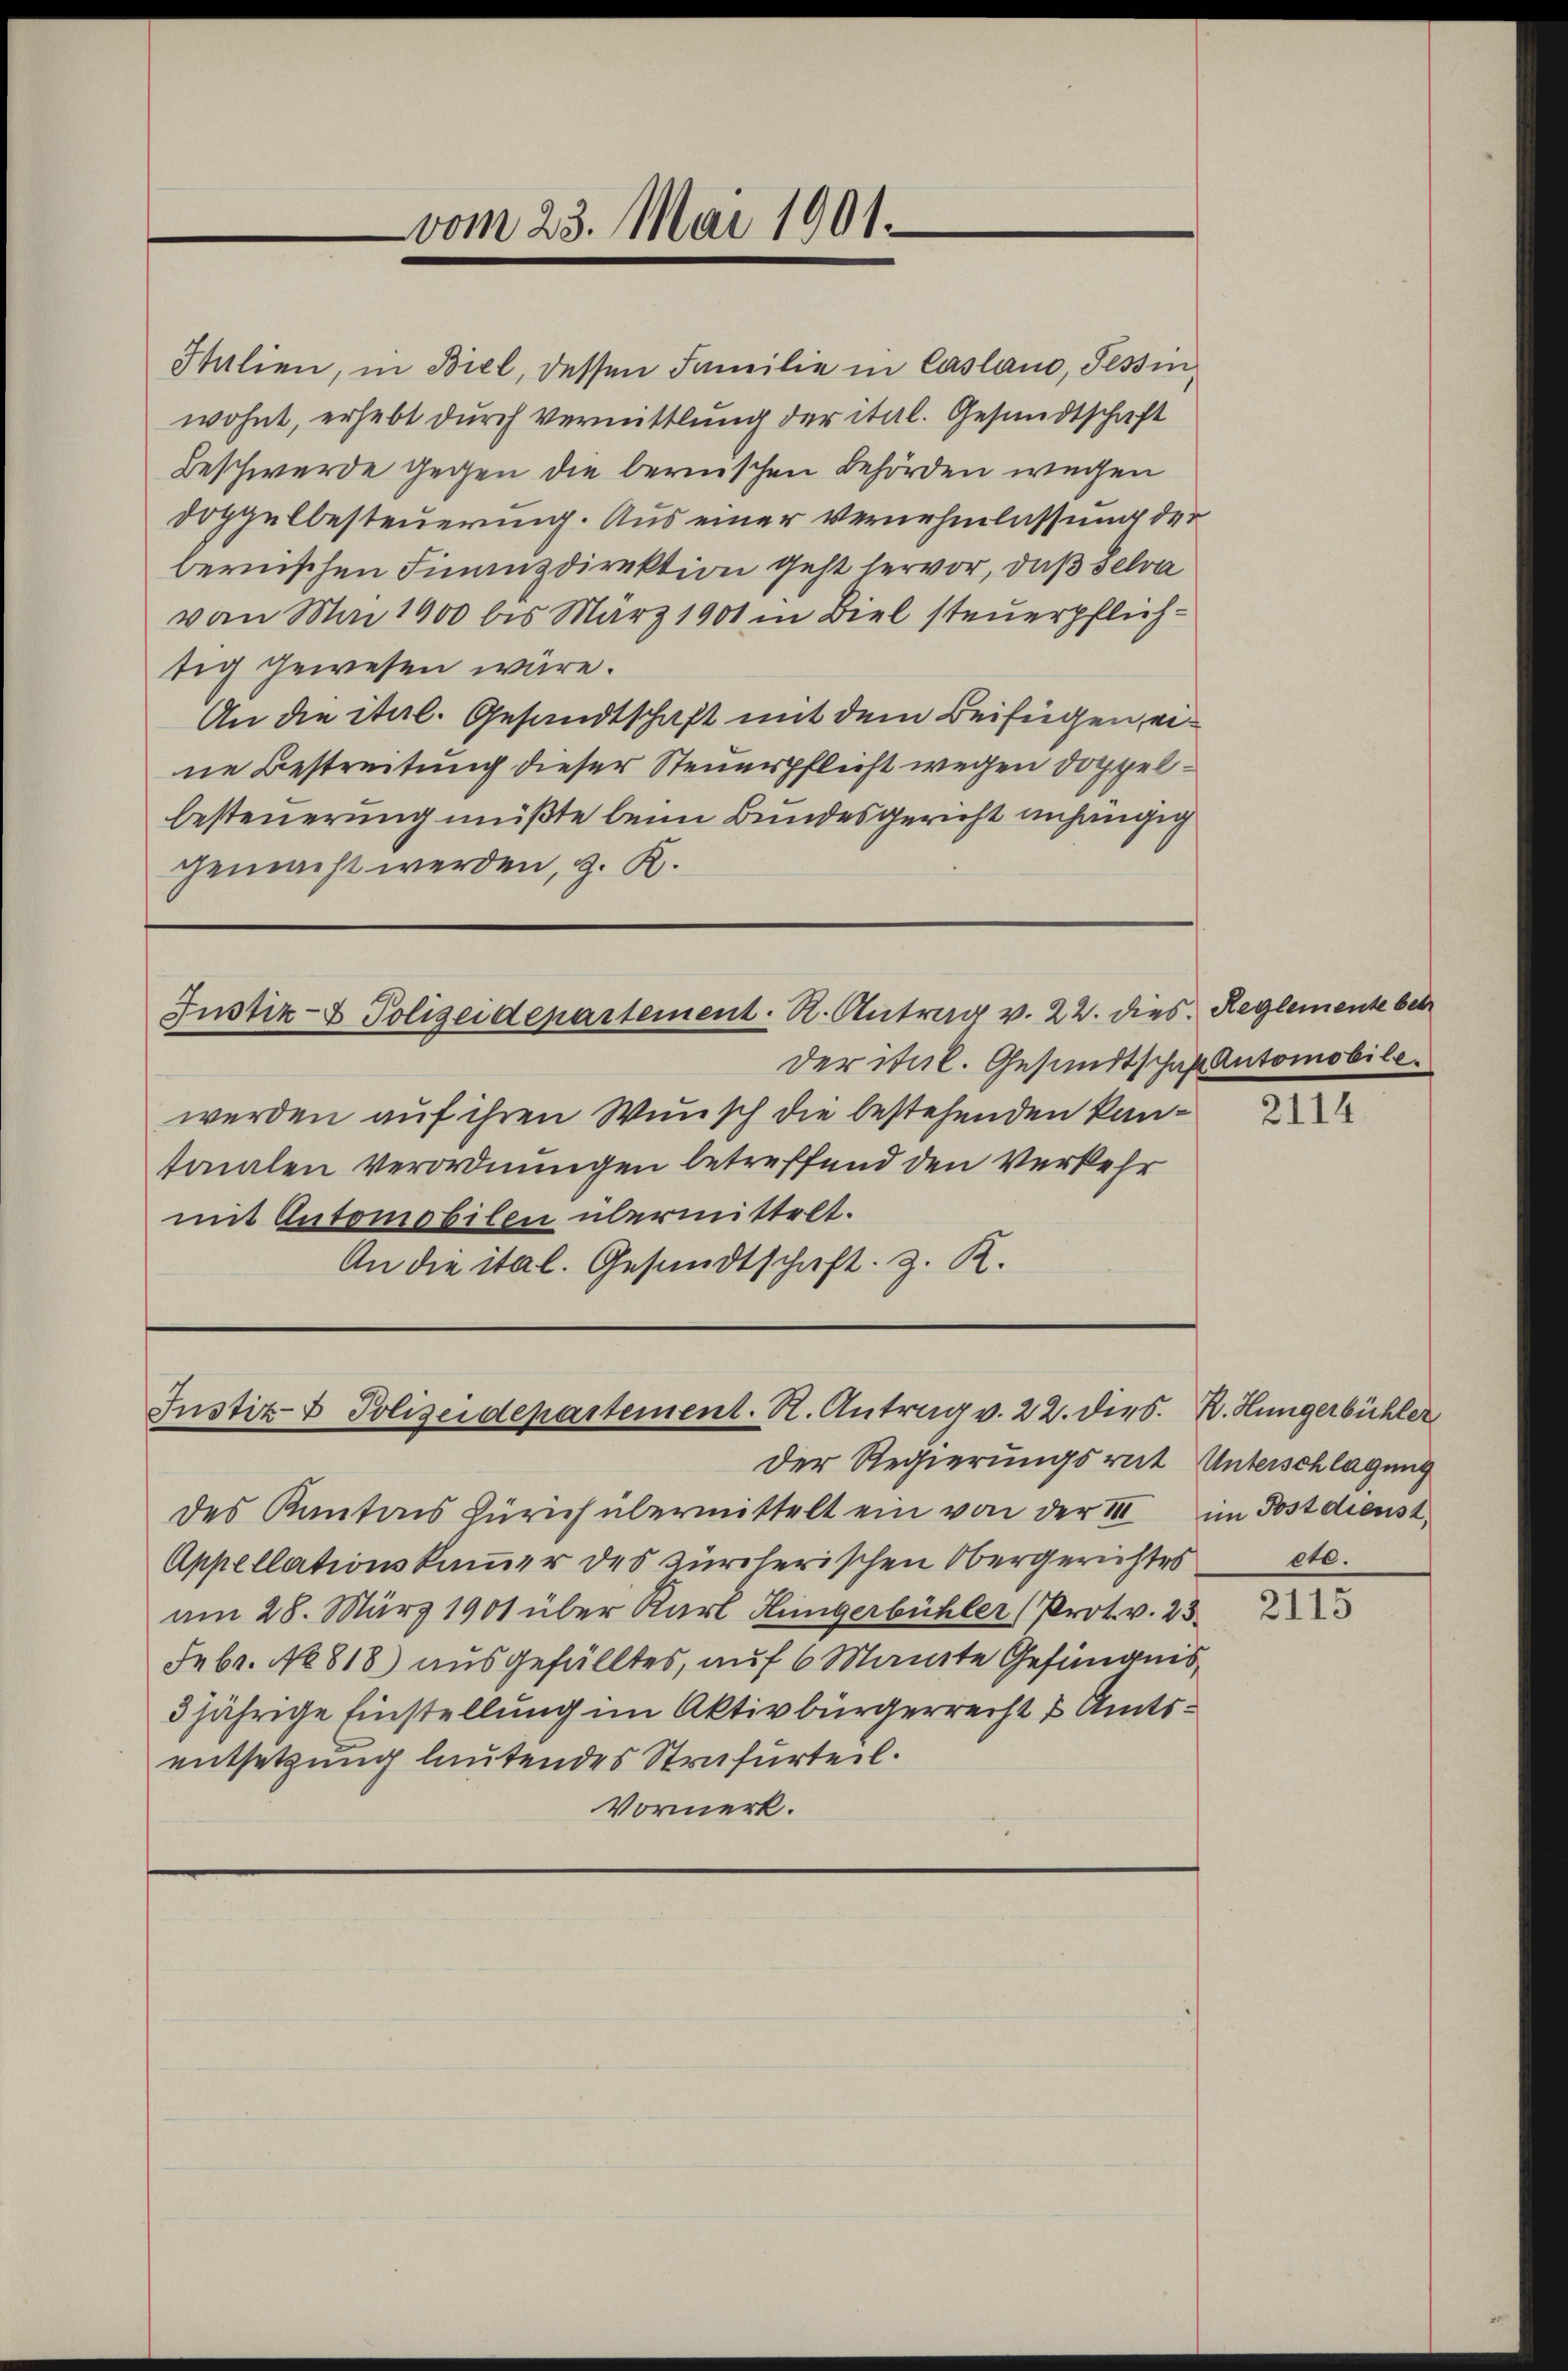
Italien, in Biel, dessen Familie in Casland, Tessin,
wohnt, erhebt durch Vermittlung der ital. Gesundtschaft
Beschwerde gegen die bernischen Behörden wegen
Doppelbesteuerung. Aus einer Vernehmlassung der
bernischen Finanzdirektion geht hervor, daß selva
von Mai 1900 bis März 1901 in Biel steuerpflichtig gewesen wäre.
An die ital. Gesandtschaft mit dem Beifügen eine Bestreitung dieser Steuerpflicht wegen Doppelbesteuerung müßte beim Bundesgericht anhängig
gemacht werden, z. K.

Justiz- & Polizeidepartement. H. Antrag v. 22. dies Reglemente betr

vom 23. Mai 1901.

der ital. Gesandtschen Automobile.
werden auf ihren Wunsch die bestehenden kantonalen Verordnungen betreffend den Verkehr
mit Automobilen übermittelt.
An die ital. Gesandtschaft z. R.

Justiz- & Polizeidepartement. N. Antrag v. 22. dies

Der Regierungsrat Unterschlagung
des Kantons Zürich übermittelt ein von der III im Postdienst,
Appellationskaṁer des zürcherischen Obergerichtes etc.
am 28. März 1901 über Kart Hingerbühler (Prot. v. 23.
Febr. No 818) ausgefälltes, auf 6 Mante Gefängnis
5jährige Einstellung im Aktivbürgerrecht & Amtsentsetzung lautendes Strafurteil.
Vormerk.

2114

Z. Hungerbühler

2115